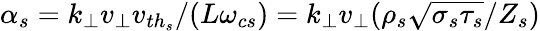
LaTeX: \alpha_{s}=k_{\perp}v_{\perp}v_{{th}_{s}}/(L\omega_{cs})=k_{\perp}v_{\perp}(\rho_{s}\sqrt{\sigma_{s}\tau_{s}}/Z_{s})